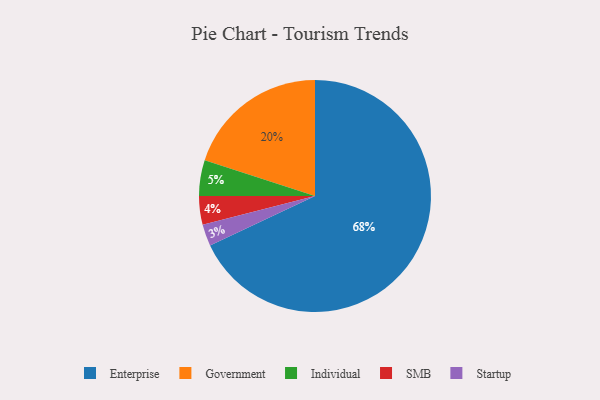
{"axis": {"x": "Category", "y": "Percentage"}, "legend": ["Enterprise", "Government", "Individual", "SMB", "Startup"], "data": [{"x": "Startup", "y": 3, "type": "Startup"}, {"x": "Enterprise", "y": 68, "type": "Enterprise"}, {"x": "Government", "y": 20, "type": "Government"}, {"x": "SMB", "y": 4, "type": "SMB"}, {"x": "Individual", "y": 5, "type": "Individual"}]}